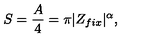
S = { \frac { A } { 4 } } = \pi | Z _ { f i x } | ^ { \alpha } ,